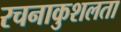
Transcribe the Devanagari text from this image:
रचनाकुशलता